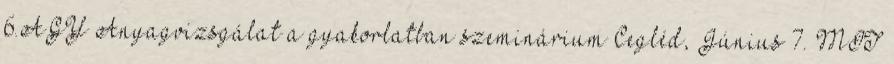
6.AGY Anyagvizsgálat a gyakorlatban szeminárium Cegléd, Június 7. MIT